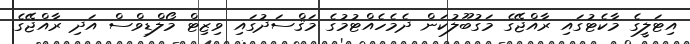
އިޓަލީގެ މާކެޓުގައި ރާއްޖޭގެ މަގުބޫލުކަން ދެމެހެއްޓުމުގެ މަޤްސަދުގައި ވިޒިޓް މޯލްޑިވްސް އަދި ރާއްޖޭގެ